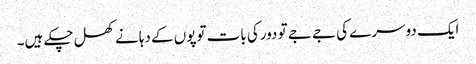
ایک دوسرے کی جے جے تو دورکی بات توپوں کے دہانے کھل چکے ہیں۔